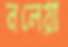
নলেয়া